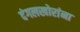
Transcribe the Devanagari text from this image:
दंगलखोरांना